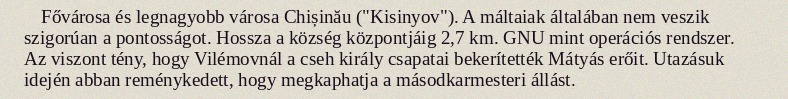
Fővárosa és legnagyobb városa Chișinău ("Kisinyov"). A máltaiak általában nem veszik szigorúan a pontosságot. Hossza a község központjáig 2,7 km. GNU mint operációs rendszer. Az viszont tény, hogy Vilémovnál a cseh király csapatai bekerítették Mátyás erőit. Utazásuk idején abban reménykedett, hogy megkaphatja a másodkarmesteri állást.